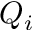
Q _ { i }